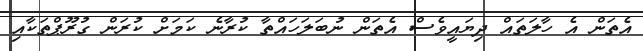
އެތަން އެ ހާލަތައް ދިޔައީވެސް އެތަން ނުބަލަހައްތާ ކުރާނެ ކަމަށް ކުރަން ގުރޫޕްތަކާއި